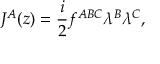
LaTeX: J ^ { A } ( z ) = \frac { i } { 2 } f ^ { A B C } \lambda ^ { B } \lambda ^ { C } ,